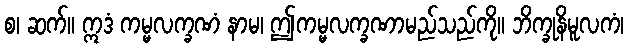
စ၊ ဆက်။ ဣဒံ ကမ္မလက္ခဏံ နာမ၊ ဤကမ္မလက္ခဏာမည်သည်ကို။ ဘိက္ခုနိမူလကံ၊